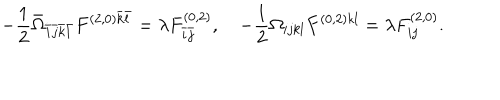
LaTeX: - \frac { 1 } { 2 } \bar { \Omega } _ { \bar { i } \bar { j } \bar { k } \bar { l } } F ^ { ( 2 , 0 ) \bar { k } \bar { l } } = \lambda F _ { \bar { i } \bar { j } } ^ { ( 0 , 2 ) } , \quad - \frac { 1 } { 2 } \Omega _ { i j k l } F ^ { ( 0 , 2 ) k l } = \lambda F _ { i j } ^ { ( 2 , 0 ) } .